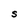
Character: S